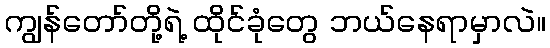
ကျွန်တော်တို့ရဲ့ ထိုင်ခုံတွေ ဘယ်နေရာမှာလဲ။